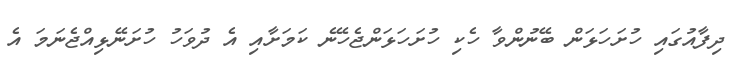
ދިފާއުގައި ހުށަހަޅަން ބޭނުންވާ ހެކި ހުށަހަޅަންޖެހޭނެ ކަމަށާއި އެ ދުވަހު ހުށަނޭޅިއްޖެނަމަ އެ